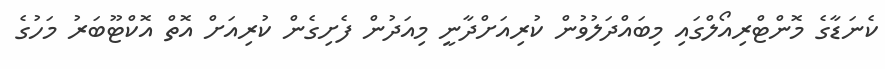
ކެނަޑާގެ މޮންޓްރިއޯލްގައި މިބައްދަލުވުން ކުރިއަށްދާނީ މިއަދުން ފެށިގެން ކުރިއަށް އޮތް އޮކްޓޫބަރު މަހުގެ